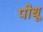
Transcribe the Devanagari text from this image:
पोधू